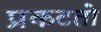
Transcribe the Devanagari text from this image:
प्रकटतो